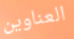
العناوين